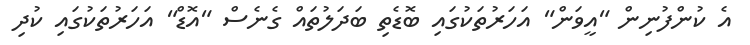
އެ ކުންފުނިން "އީވަން" އަހަރުތަކުގައި ބޮޑެތި ބަދަލުތައް ގެނެސް "އޮޑް" އަހަރުތަކުގައި ކުދި